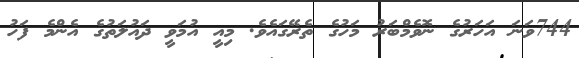
744ވަނަ އަހަރުގެ ނޮވެމްބަރު މަހުގެ ތެރޭގައެވެ. މިއީ އުމަވީ ދައުލަތުގެ އެންމެ ފަހު